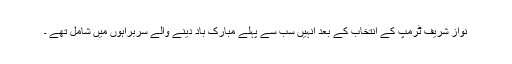
نواز شریف ٹرمپ کے انتخاب کے بعد انہیں سب سے پہلے مبارک باد دینے والے سربراہوں میں شامل تھے ۔